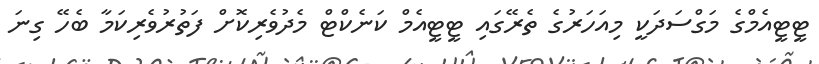
ޓީޓީއެމްގެ މަގްސަދަކީ މިއަހަރުގެ ތެރޭގައި ޓީޓީއެމް ކަނެކްޓް މެދުވެރިކޮށް ފަތުރުވެރިކަމާ ބެހޭ ގިނަ